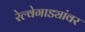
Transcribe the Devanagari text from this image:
रेल्वेगाड्यांवर